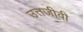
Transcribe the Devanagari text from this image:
उत्तजीवी